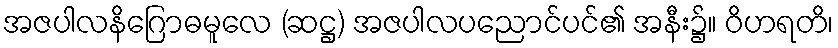
အဇပါလနိဂြောဓမူလေ (ဆဋ္ဌ) အဇပါလပညောင်ပင်၏ အနီး၌။ ဝိဟရတိ၊